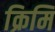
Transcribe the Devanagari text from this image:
क्रिमि